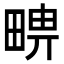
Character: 𤲦